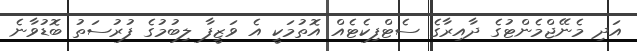
އަދި މެނޭޖްމެންޓުގެ ދާއިރާގެ ސެޓްފިކެޓެއް އޮތުމަކީ އެ ވަޒީފާ ލިބުމުގެ ފުރުސަތު ބޮޑުވާނެ